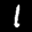
Digit: 1